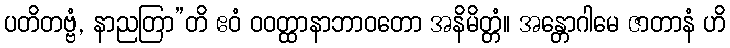
ပတိတဗ္ဗံ, နာညတြာ”တိ ဧဝံ ဝဝတ္ထာနာဘာဝတော အနိမိတ္တံ။ အန္တောဂါမေ ဇာတာနံ ဟိ